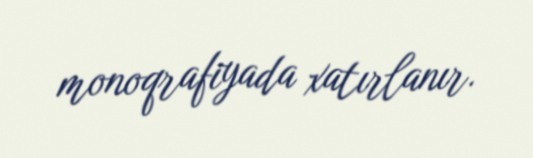
monoqrafiyada xatırlanır.